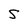
Character: S